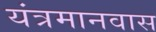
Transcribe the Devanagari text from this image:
यंत्रमानवास